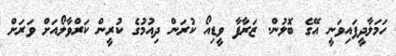
ހަމަލާދީފައިވަނީ އޭގެ ބޮލުން. ޒަރާފާ ވީޑިއޯ ކުރަން ދިއުމުގެ ކުރީން ކަރްވާލޯއަށް ވަރަށް